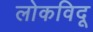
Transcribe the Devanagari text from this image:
लोकविदू